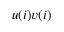
u ( i ) v ( i )